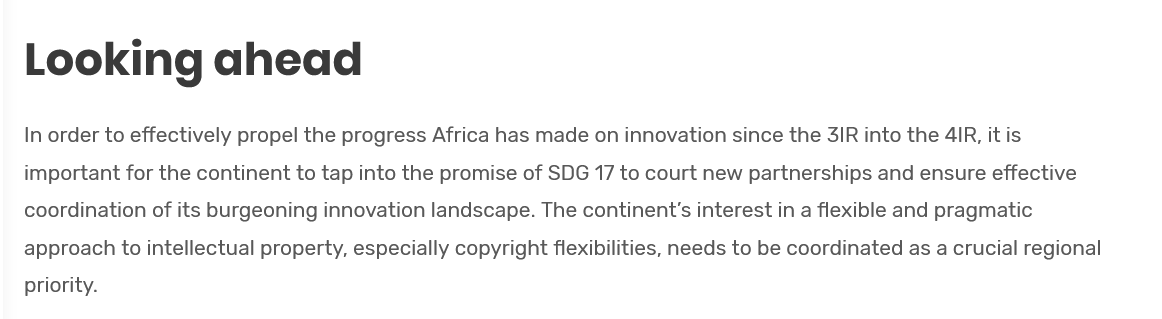
Looking    ahead
   In order to effectively propel the progress Africa has made on innovation since the 3IR into the 4IR, it is
   important for the continent to tap into the promise of SDG 17 to court new partnerships and ensure effective
   coordination of its burgeoning innovation landscape. The continent's interest in a flexible and pragmatic
   approach to intellectual property, especially copyright flexibilities, needs to be coordinated as a crucial regional
   priority.